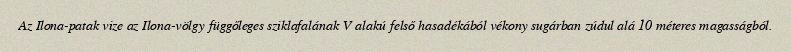
Az Ilona-patak vize az Ilona-völgy függőleges sziklafalának V alakú felső hasadékából vékony sugárban zúdul alá 10 méteres magasságból.